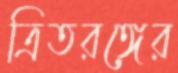
ত্রিতরঙ্গের